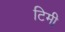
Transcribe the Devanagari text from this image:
टिमी